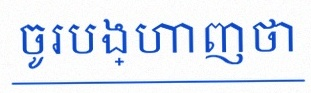
ចូរបង្ហាញថា